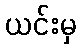
ယင်းမှ